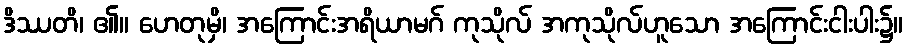
ဒိဿတိ၊ ၏။ ဟေတုမှိ၊ အကြောင်းအရိယာမဂ် ကုသိုလ် အကုသိုလ်ဟူသော အကြောင်းငါးပါး၌။